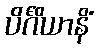
ပိင်္ဂိယာနိံ